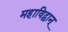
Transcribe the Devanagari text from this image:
महाविद्वान्